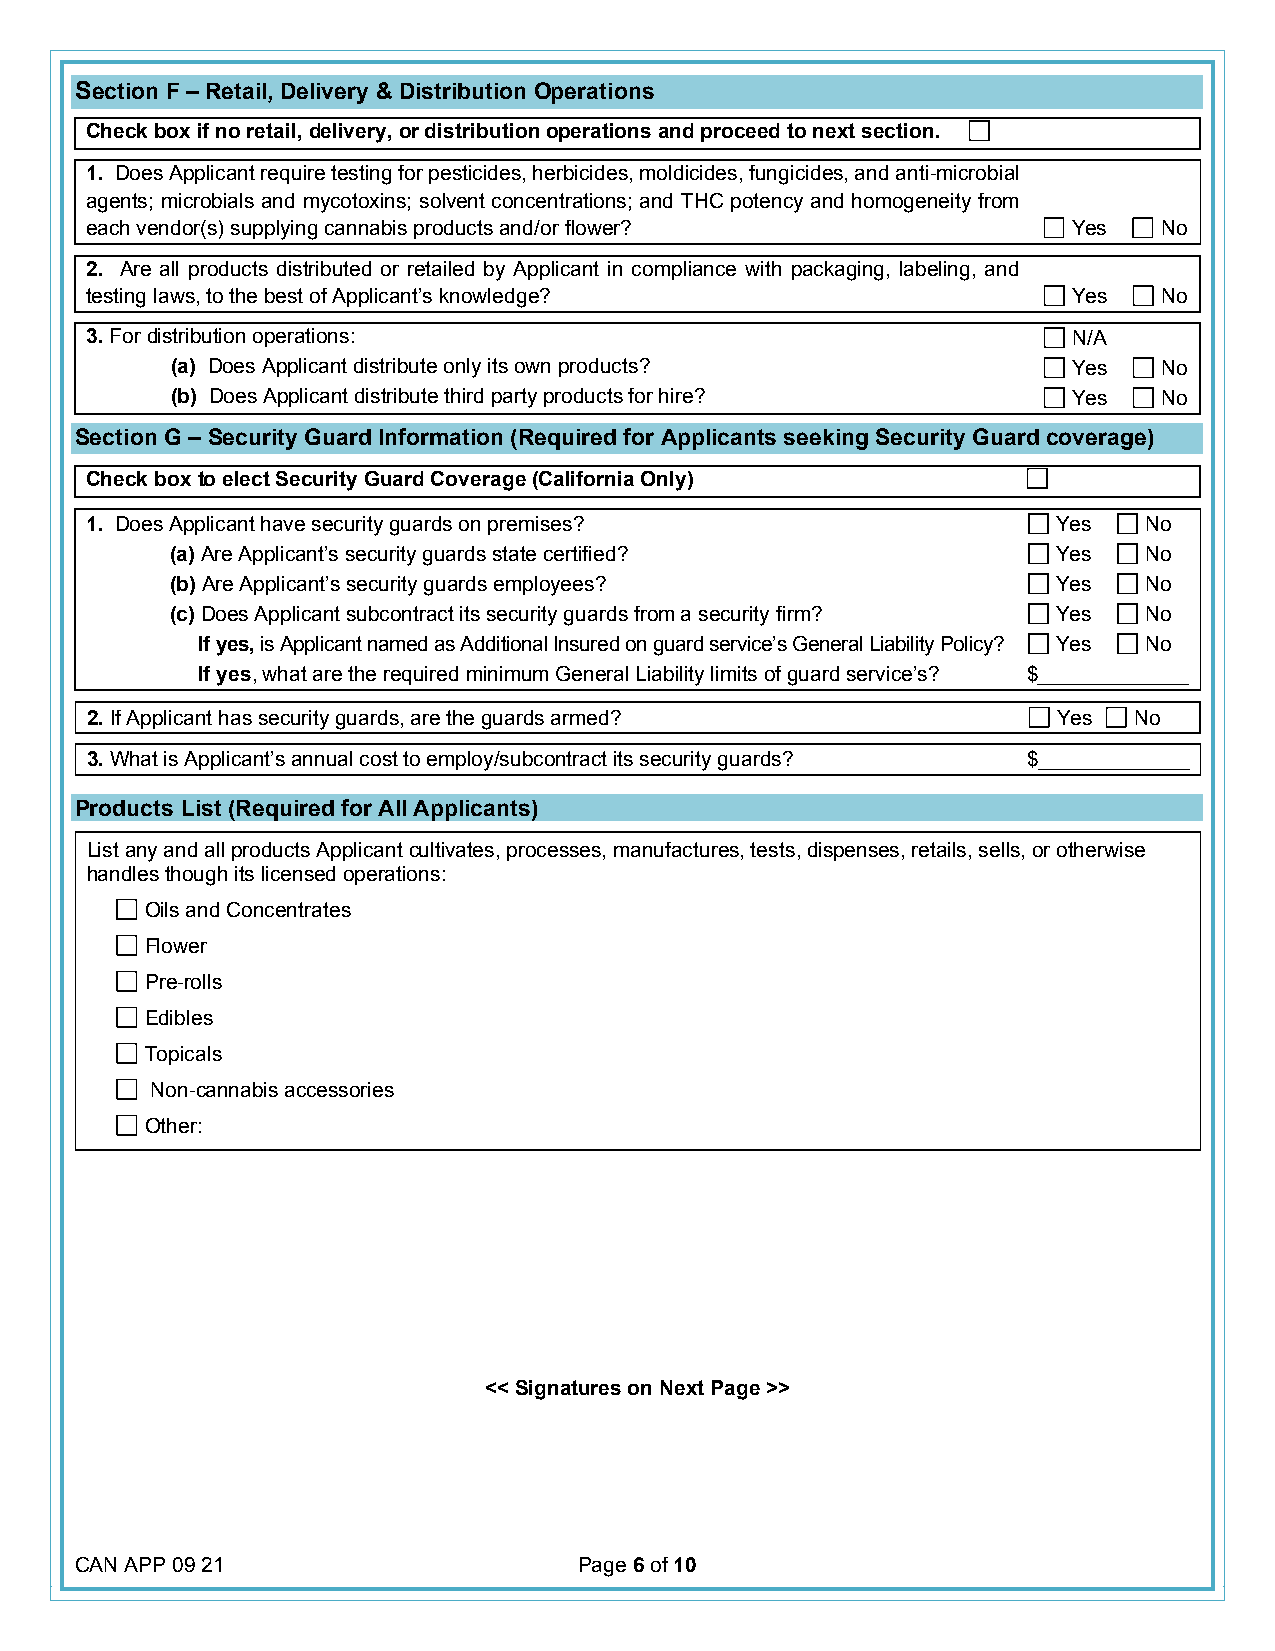
Section F – Retail, Delivery & Distribution Operations
 Check box if no retail, delivery, or distribution operations and proceed to next section.
 1. Does Applicant require testing for pesticides, herbicides, moldicides, fungicides, and anti-microbial
 agents; microbials and mycotoxins; solvent concentrations; and THC potency and homogeneity from
 each vendor(s) supplying cannabis products and/or flower?        Yes   No
 2. Are all products distributed or retailed by Applicant in compliance with packaging, labeling, and
 testing laws, to the best of Applicant’s knowledge?              Yes   No
 3. For distribution operations:                                  N/A
 (a) Does Applicant distribute only its own products?        Yes   No
 (b) Does Applicant distribute third party products for hire? Yes  No
 Section G – Security Guard Information (Required for Applicants seeking Security Guard coverage)
 Check box to elect Security Guard Coverage (California Only)
 1. Does Applicant have security guards on premises?             Yes   No
 (a) Are Applicant’s security guards state certified?       Yes   No
 (b) Are Applicant’s security guards employees?             Yes   No
 (c) Does Applicant subcontract its security guards from a security firm? Yes No
 If yes, is Applicant named as Additional Insured on guard service’s General Liability Policy? Yes No
 If yes, what are the required minimum General Liability limits of guard service’s? $_____________
 2. If Applicant has security guards, are the guards armed?      Yes  No
 3. What is Applicant’s annual cost to employ/subcontract its security guards? $_____________
 Products List (Required for All Applicants)
 List any and all products Applicant cultivates, processes, manufactures, tests, dispenses, retails, sells, or otherwise
 handles though its licensed operations:
 Oils and Concentrates
 Flower
 Pre-rolls
 Edibles
 Topicals
 Non-cannabis accessories
 Other:
 << Signatures on Next Page >>
 CAN APP 09 21                    Page 6 of 10